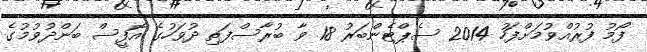
ފޯމު ފުރުއްވުމަށްފަހު 2014 ސެޕްޓެންބަރު 18 ވާ ބުރާސްފަތި ދުވަހުގެ އޮފީސް ބަންދުވުމުގެ